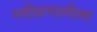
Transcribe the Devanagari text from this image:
नदीप्रणालीला